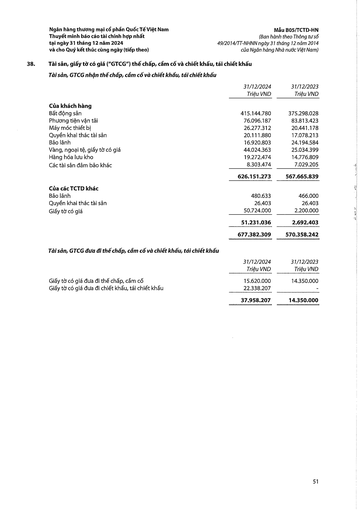
||31/12/2024 Triệu VND|31/12/2023 Triệu VND| |---|---|---| |Của khách hàng||| |Bất động sản|415.144.780|375.298.028| |Phương tiện vận tải|76.096.187|83.813.423| |Máy móc thiết bị|26.277.312|20.441.178| |Quyền khai thác tài sản|20.111.880|17.078.213| |Bảo lãnh|16.920.803|24.194.584| |Vàng, ngoại tệ, giấy tờ có giá|44.024.363|25.034.399| |Hàng hóa lưu kho|19.272.474|14.776.809| |Các tài sản đảm bảo khác|8.303.474|7.029.205| ||626.151.273|567.665.839| |Của các TCTD khác||| |Bảo lãnh|480.633|466.000| |Quyền khai thác tài sản|26.403|26.403| |Giấy tờ có giá|50.724.000|2.200.000| ||51.231.036|2.692.403| ||677.382.309|570.358.242| ||31/12/2024 Triệu VND|31/12/2023 Triệu VND| |---|---|---| |Giấy tờ có giá đưa đi thế chấp, cầm cố|15.620.000|14.350.000| |Giấy tờ có giá đưa đi chiết khấu, tái chiết khấu|22.338.207|| ||37.958.207|14.350.000|